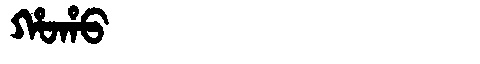
Manchu: ᡥᠣᡥᠣ
Romanization: HOHO